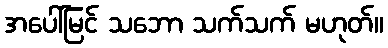
အပေါ်မြင် သဘော သက်သက် မဟုတ်။